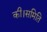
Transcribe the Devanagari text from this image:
की।समिति